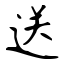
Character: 送